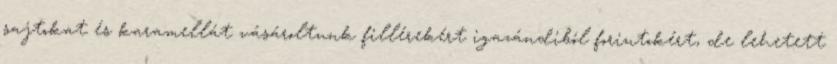
sajtokat és karamellát vásároltunk fillérekért igazándiból forintokért, de lehetett